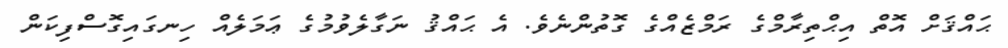
ޙައްޤަށް އޮތް އިޙްތިރާމްގެ ރަމްޒެއްގެ ގޮތުންނެވެ. އެ ޙައްޤު ނަގާލެވުމުގެ ޢަމަލެއް ހިނގައިގޮސްފިކަން